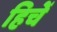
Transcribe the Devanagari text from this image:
हिचें